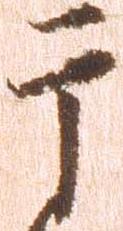
于